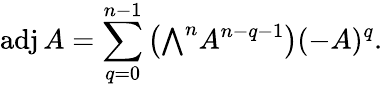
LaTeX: \operatorname{adj}A=\sum_{q=0}^{n-1}\left({\textstyle\bigwedge}^{n}A^{n-q-1}\right)(-A)^{q}.